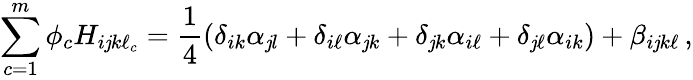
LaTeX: \sum_{c=1}^{m}\phi_{c}H_{i\mathit{j}k\ell_{c}}=\frac{{1}}{{4}}\left(\delta_{ik}\alpha_{\mathit{j}l}+\delta_{i\ell}\alpha_{\mathit{j}k}+\delta_{\mathit{j}k}\alpha_{i\ell}+\delta_{\mathit{j}\ell}\alpha_{ik}\right)+\beta_{i\mathit{j}k\ell}\, ,